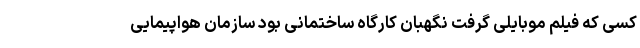
کسی که فیلم موبایلی گرفت نگهبان کارگاه ساختمانی بود سازمان هواپیمایی